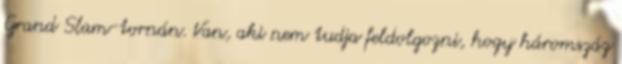
Grand Slam-tornán. Van, aki nem tudja feldolgozni, hogy háromszáz